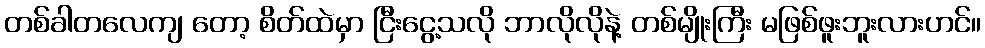
တစ်ခါတလေကျ တော့ စိတ်ထဲမှာ ငြီးငွေ့သလို ဘာလိုလိုနဲ့ တစ်မျိုးကြီး မဖြစ်ဖူးဘူးလားဟင်။